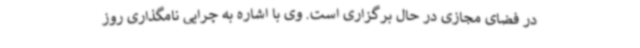
در فضای مجازی در حال برگزاری است. وی با اشاره به چرایی نامگذاری روز